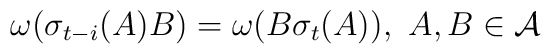
\omega(\sigma_{t-i}(A)B)=\omega(B\sigma_{t}(A)),\,\,A,B\in\mathcal{A}